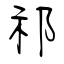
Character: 祁